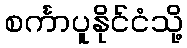
စင်္ကာပူနိုင်ငံသို့